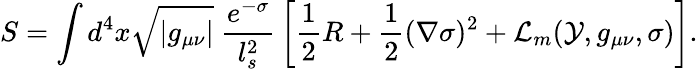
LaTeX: S=\int d^{4}x\sqrt{|g_{\mu\nu}|}\ \frac{e^{-\sigma}}{l_{s}^{2}}\, \left[{\frac{1}{2}}R+{\frac{1}{2}}(\nabla\sigma)^{2}+{\cal L}_{m}({\cal Y},g_{\mu\nu},\sigma)\right].